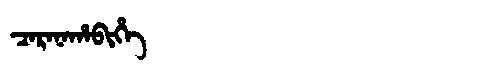
Manchu: ᠴᠠᡵᠠᠨᠠᡥᠠᠪᡳᡥᡝ
Romanization: CARANAHABIHE